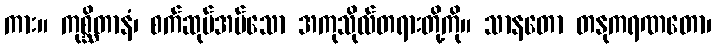
ကား။ ကုစ္ဆိတာနံ၊ စက်ဆုပ်အပ်သော အကုသိုလ်တရားတို့ကို။ သာနတော တနုကရဏတော၊